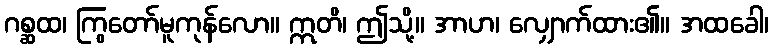
ဂစ္ဆထ၊ ကြွတော်မူကုန်လော။ ဣတိ၊ ဤသို့။ အာဟ၊ လျှောက်ထား၏။ အထခေါ၊